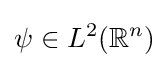
\psi \in L^{2}(\mathbb {R} ^{n})